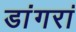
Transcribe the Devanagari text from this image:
डांगरां